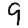
Digit: 9